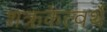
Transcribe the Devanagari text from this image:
शक्रकेत्वर्थे